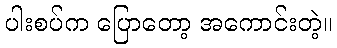
ပါးစပ်က ပြောတော့ အကောင်းတဲ့။